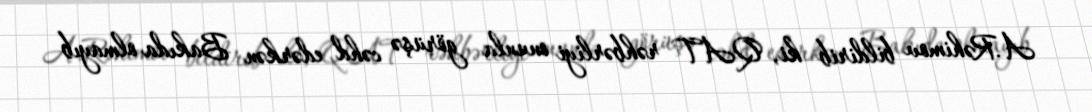
A.Rəhimov bildirib ki, QAT rəhbərliyi onunla görüşə cəhd edərkən Bakıda olmayıb